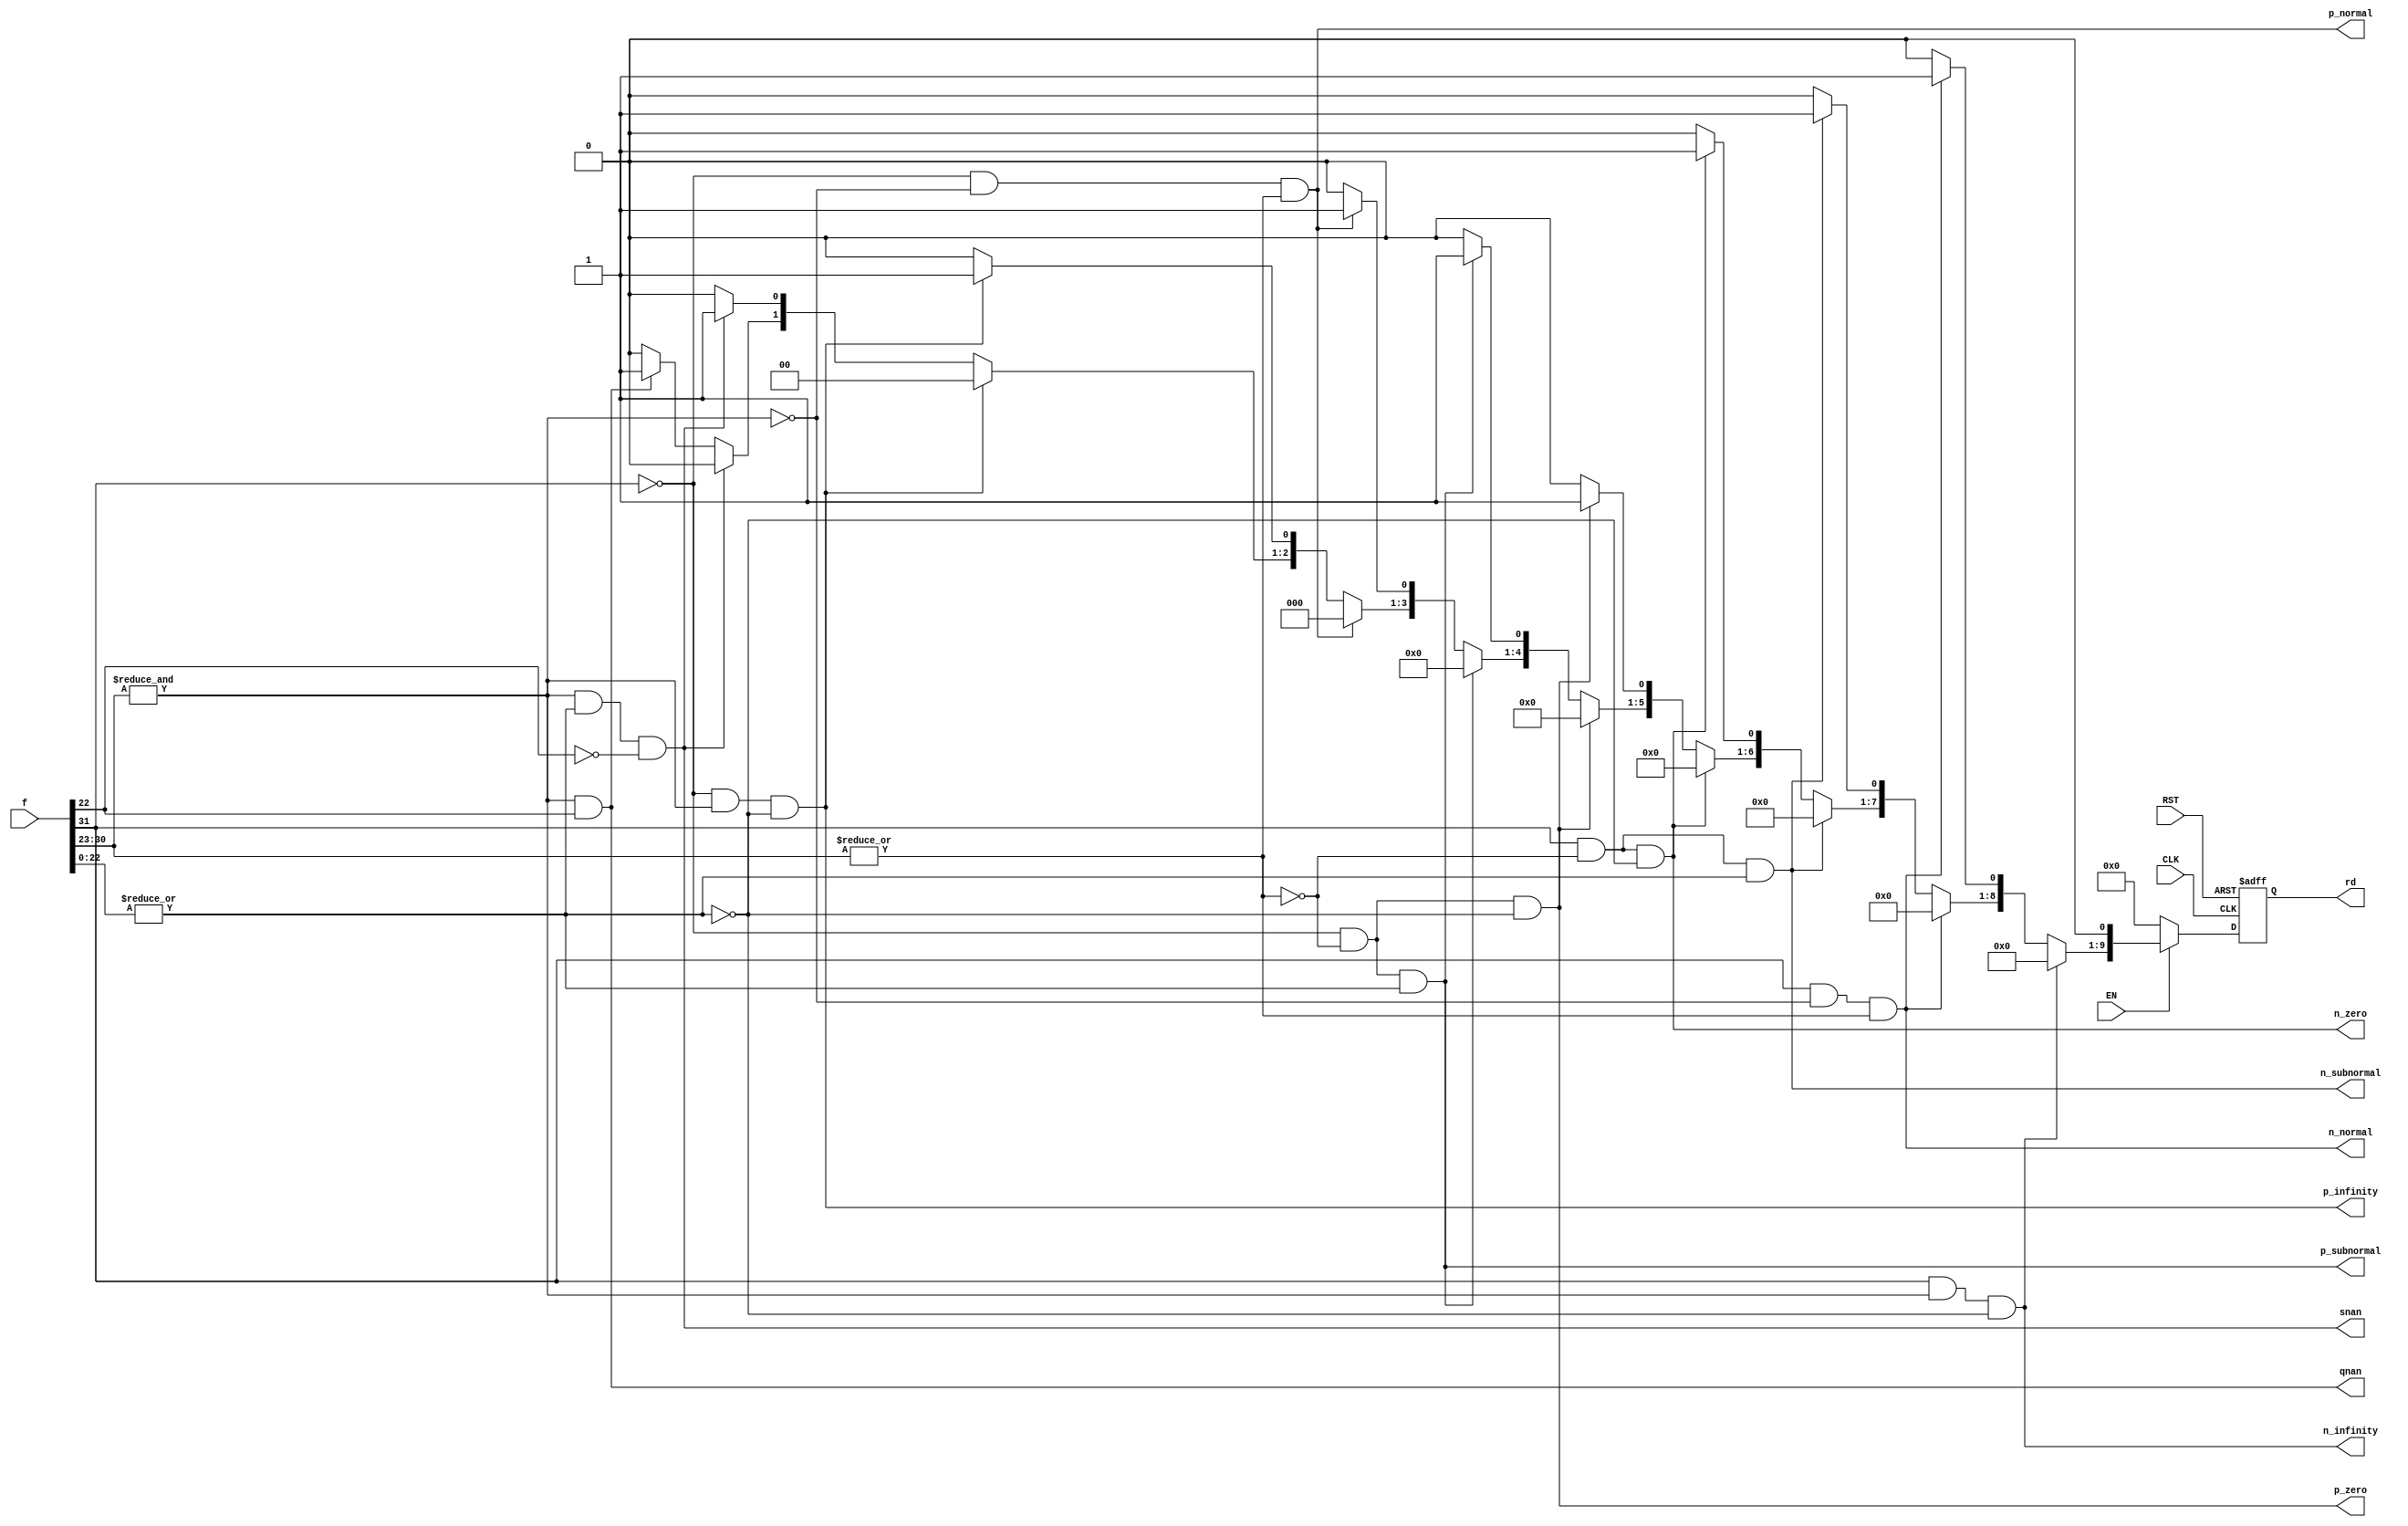
module fclass      (f,RST,CLK,EN, snan, qnan, n_infinity,p_infinity, n_zero,p_zero,n_subnormal, p_subnormal,p_normal, n_normal,rd);
  
  input  wire                       CLK ;
  input  wire                       RST ;
  input  wire                       EN;
  input [31:0] f;
  output snan, qnan, n_infinity,p_infinity, n_zero,p_zero,n_subnormal, p_subnormal,p_normal, n_normal ;
  output reg [9:0] rd;
  
  reg [9:0] OUT_CLASS;
  wire expones, expzeros, sigzeros;
  
  assign expones = &f[30:23];
  assign expzeros = ~|f[30:23];
  assign sigzeros = ~|f[22:0];
   
  assign snan             =  expones      & ~sigzeros  & ~f[22];
  assign qnan             =  expones      &  f[22];
  assign p_infinity       =  ~f[31]  &   expones      &  sigzeros ;
  assign n_infinity       = f[31] & expones      &  sigzeros ;
  assign p_zero           = ~f[31]& expzeros     &  sigzeros ;
  assign n_zero           =  f[31] & expzeros     &  sigzeros;
  assign p_subnormal        = ~f[31]& expzeros     & ~sigzeros ;
  assign n_subnormal        =  f[31] & expzeros     & ~sigzeros ;
  assign p_normal           = ~f[31]& ~expones     & ~expzeros ;
  assign n_normal           =  f[31] & ~expones     & ~expzeros ;
  
  
  //sequential always
always @ (posedge CLK or negedge RST)
 begin 
   if (!RST)
     begin
     rd <= 'b0 ;
	 end
   else
     begin   
      rd  <= OUT_CLASS ;
       
	 end
 end	
  
  always@(*)
  begin
     if (EN)
    begin
    OUT_CLASS=0;
    if (n_infinity)
    begin
OUT_CLASS[0]=0;
  end
else if(n_normal)
begin
OUT_CLASS[1]=1;
end 
else if(n_subnormal)
begin
OUT_CLASS[2]=1;
end 
else if(n_zero)
begin
OUT_CLASS[3]=1;
end
else if(p_zero)
begin
OUT_CLASS[4]=1;
end
else if(p_subnormal)
begin
OUT_CLASS[5]=1;
end
else if(p_normal)
begin
OUT_CLASS[6]=1;
end
else if(p_infinity)
begin
OUT_CLASS[7]=1;
end
else if(snan)
begin
OUT_CLASS[8]=1;
end
else if(qnan)
begin
OUT_CLASS[9]=1;
end
  end
  else
     begin   
     OUT_CLASS=0;
	 end
  end
  
  

  
  
endmodule